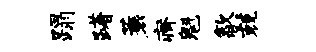
蹋躇蓑瘠魁歙兢